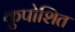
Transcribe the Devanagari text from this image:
कुपोशित